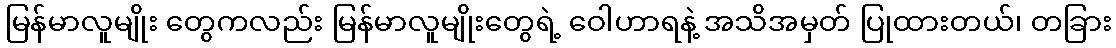
မြန်မာလူမျိုး တွေကလည်း မြန်မာလူမျိုးတွေရဲ့ ဝေါဟာရနဲ့ အသိအမှတ် ပြုထားတယ်၊ တခြား